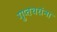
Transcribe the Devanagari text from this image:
गुप्तचरांना